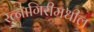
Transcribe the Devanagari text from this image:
रत्नागिरीमधील